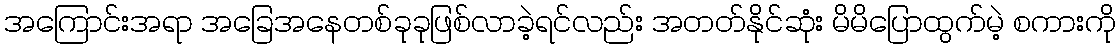
အကြောင်းအရာ အခြေအနေတစ်ခုခုဖြစ်လာခဲ့ရင်လည်း အတတ်နိုင်ဆုံး မိမိပြောထွက်မဲ့ စကားကို